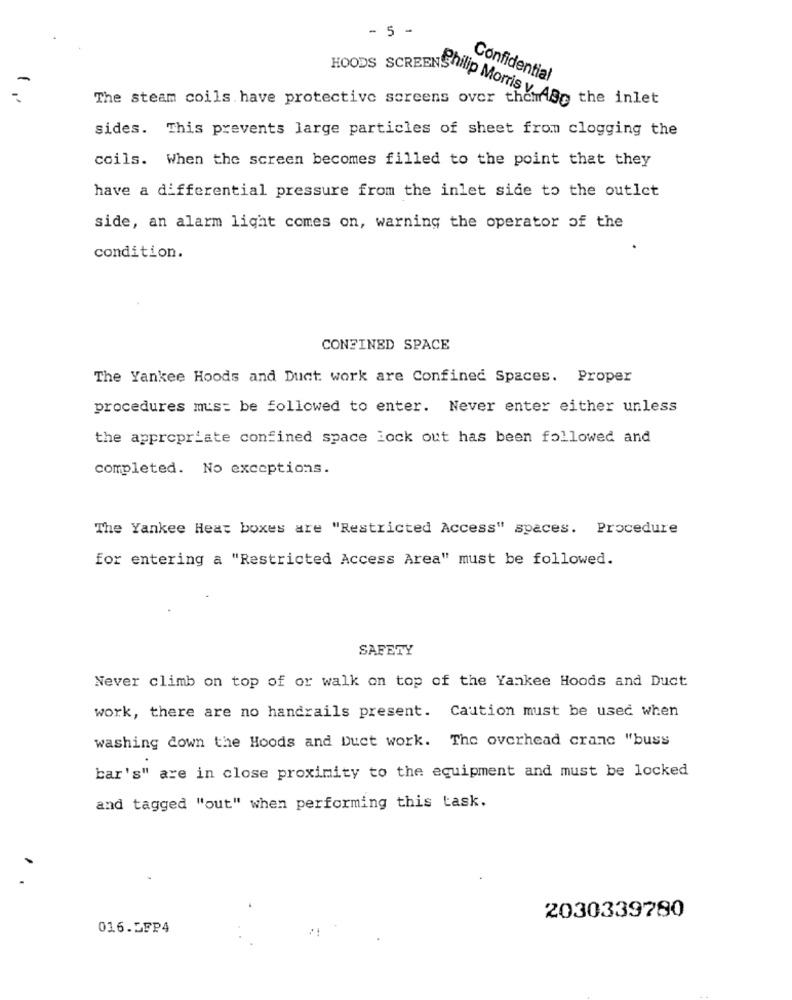
- 5 -
HOODS SCREENS
Confidential
The steam coils have protective screens over themdag the inlet
Philip Morris v. A
sides. This prevents large particles of sheet from clogging the
coils. When the screen becomes filled to the point that they
have a differential pressure from the inlet side to the outlet
side, an alarm light comes on, warning the operator of the
condition.
CONFINED SPACE
The Yankee Hoods and Duct work are Confined Spaces. Proper
procedures mus: be followed to enter. Never enter either unless
the appropriate confined space lock out has been followed and
completed. No exceptions.
The Yankee Heat boxes are "Restricted Access" spaces. Procedure
for entering a "Restricted Access Area" must be followed.
SAFETY
Never climb on top of or walk on top of the Yankee Hoods and Duct
work, there are no handrails present. Caution must be used when
washing down the Hoods and Duct work. The overhead cranc "buss
bar's" are in close proximity to the equipment and must be locked
and tagged "out" when performing this task.
2030339780
016.5FP4